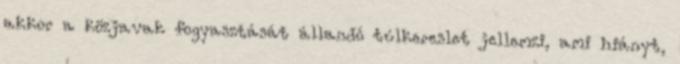
akkor a közjavak fogyasztását állandó túlkereslet jellemzi, ami hiányt,